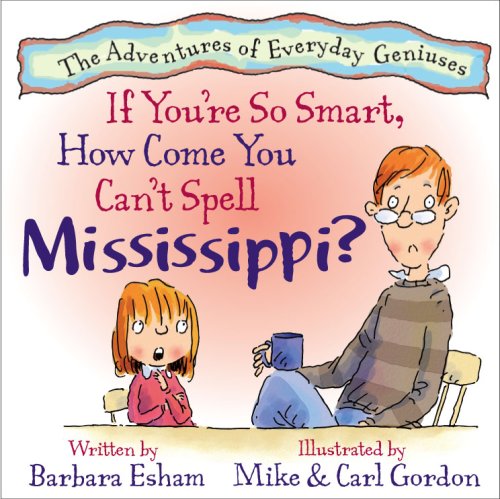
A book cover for If You're So Smart, How Come You Can't Spell Mississippi? (A Story About Dyslexia) (Adventures of Everyday Geniuses); Barbara Esham; Health, Fitness & Dieting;